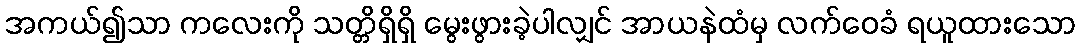
အကယ်၍သာ ကလေးကို သတ္တိရှိရှိ မွေးဖွားခဲ့ပါလျှင် အာယနဲထံမှ လက်ဝေခံ ရယူထားသော